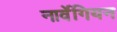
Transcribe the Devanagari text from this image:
नार्वेगियन